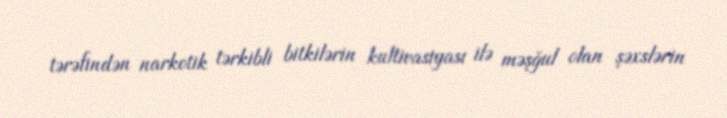
tərəfindən narkotik tərkibli bitkilərin kultivasiyası ilə məşğul olan şəxslərin